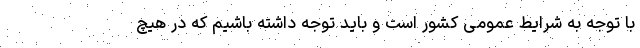
با توجه به شرایط عمومی کشور است و باید توجه داشته باشیم که در هیچ